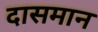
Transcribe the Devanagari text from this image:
दासमान